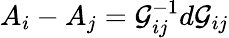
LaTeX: A_{i}-A_{j}=\mathcal{G}_{ij}^{-1}d\mathcal{G}_{ij}